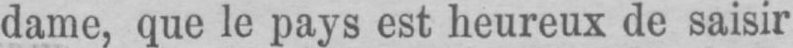
dame, que le pays est heureux de saisir